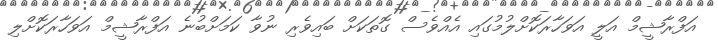
އަފްރާޝީމް އަލީ އަވަހާރަކޮށްލުމުގައި އެއްވެސް ގޮތަކަށް ބައިވެރި ނުވާ ކަމަށްބުނެ އަފްރާޝީމް އަވަހާރަކޮށްލި